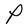
Character: P